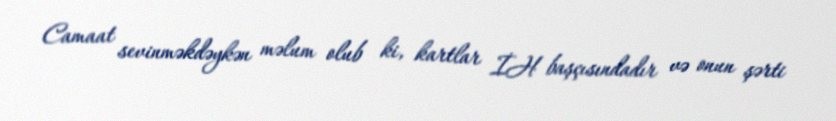
Camaat sevinməkdəykən məlum olub ki, kartlar İH başçısındadır və onun şərti